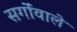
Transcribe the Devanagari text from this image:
सर्गोंवाले